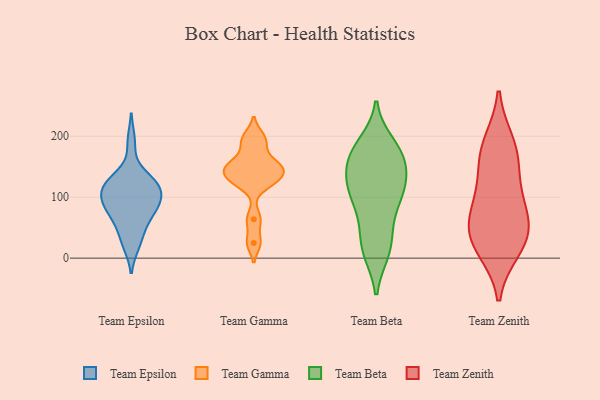
{"axis": {"x": "Satisfaction Score", "y": "Value"}, "legend": ["Team Beta", "Team Epsilon", "Team Gamma", "Team Zenith"], "data": [{"x": "", "y": 126, "type": "Team Epsilon"}, {"x": "", "y": 191, "type": "Team Epsilon"}, {"x": "", "y": 63, "type": "Team Epsilon"}, {"x": "", "y": 114, "type": "Team Epsilon"}, {"x": "", "y": 108, "type": "Team Epsilon"}, {"x": "", "y": 91, "type": "Team Epsilon"}, {"x": "", "y": 82, "type": "Team Epsilon"}, {"x": "", "y": 29, "type": "Team Epsilon"}, {"x": "", "y": 55, "type": "Team Epsilon"}, {"x": "", "y": 125, "type": "Team Epsilon"}, {"x": "", "y": 87, "type": "Team Epsilon"}, {"x": "", "y": 123, "type": "Team Epsilon"}, {"x": "", "y": 100, "type": "Team Epsilon"}, {"x": "", "y": 128, "type": "Team Epsilon"}, {"x": "", "y": 82, "type": "Team Epsilon"}, {"x": "", "y": 22, "type": "Team Epsilon"}, {"x": "", "y": 137, "type": "Team Gamma"}, {"x": "", "y": 124, "type": "Team Gamma"}, {"x": "", "y": 25, "type": "Team Gamma"}, {"x": "", "y": 185, "type": "Team Gamma"}, {"x": "", "y": 200, "type": "Team Gamma"}, {"x": "", "y": 126, "type": "Team Gamma"}, {"x": "", "y": 156, "type": "Team Gamma"}, {"x": "", "y": 149, "type": "Team Gamma"}, {"x": "", "y": 150, "type": "Team Gamma"}, {"x": "", "y": 64, "type": "Team Gamma"}, {"x": "", "y": 115, "type": "Team Beta"}, {"x": "", "y": 162, "type": "Team Beta"}, {"x": "", "y": 125, "type": "Team Beta"}, {"x": "", "y": 43, "type": "Team Beta"}, {"x": "", "y": 10, "type": "Team Beta"}, {"x": "", "y": 44, "type": "Team Beta"}, {"x": "", "y": 117, "type": "Team Beta"}, {"x": "", "y": 85, "type": "Team Beta"}, {"x": "", "y": 120, "type": "Team Beta"}, {"x": "", "y": 185, "type": "Team Beta"}, {"x": "", "y": 11, "type": "Team Beta"}, {"x": "", "y": 99, "type": "Team Beta"}, {"x": "", "y": 171, "type": "Team Beta"}, {"x": "", "y": 11, "type": "Team Beta"}, {"x": "", "y": 156, "type": "Team Beta"}, {"x": "", "y": 172, "type": "Team Beta"}, {"x": "", "y": 130, "type": "Team Beta"}, {"x": "", "y": 188, "type": "Team Beta"}, {"x": "", "y": 88, "type": "Team Beta"}, {"x": "", "y": 163, "type": "Team Beta"}, {"x": "", "y": 112, "type": "Team Zenith"}, {"x": "", "y": 176, "type": "Team Zenith"}, {"x": "", "y": 16, "type": "Team Zenith"}, {"x": "", "y": 65, "type": "Team Zenith"}, {"x": "", "y": 52, "type": "Team Zenith"}, {"x": "", "y": 31, "type": "Team Zenith"}, {"x": "", "y": 28, "type": "Team Zenith"}, {"x": "", "y": 188, "type": "Team Zenith"}, {"x": "", "y": 156, "type": "Team Zenith"}, {"x": "", "y": 87, "type": "Team Zenith"}]}